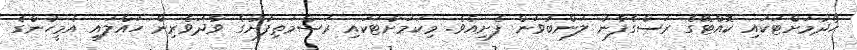
ހޯދުމަށްޓަކައި ކޮއްޓޭގެ ރަސްގެފާނު ލަންބުވަން ފެށިއެވެ. މިކަމަށްޓަކައި ރަސްމަތިފުށުގެ ވާދަވެރިން ހައްލައި އެމީހުންގެ